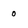
Character: 0